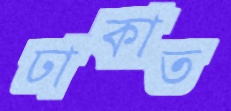
ঢাকাত